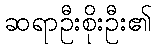
ဆရာဦးစိုးဦး၏